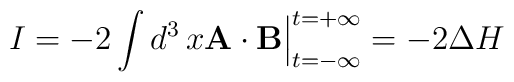
I = -2\int d^3\,x {\bf A}\cdot {\bf B} \Big|_{t=-\infty}^{t=+\infty} = -2\Delta H